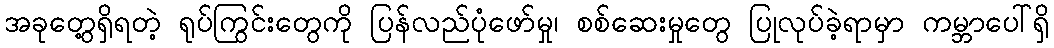
အခုတွေ့ရှိရတဲ့ ရုပ်ကြွင်းတွေကို ပြန်လည်ပုံဖော်မှု၊ စစ်ဆေးမှုတွေ ပြုလုပ်ခဲ့ရာမှာ ကမ္ဘာပေါ်ရှိ